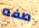
صفه